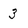
Character: 3